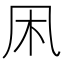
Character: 凩